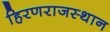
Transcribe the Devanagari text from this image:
हिरणराजस्थान